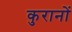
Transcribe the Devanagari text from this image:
कुरानों